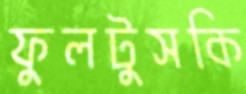
ফুলটুসকি